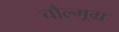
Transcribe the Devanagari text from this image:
चौल्मूग्र